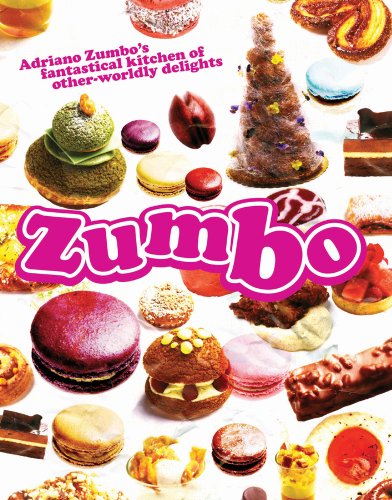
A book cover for Zumbo: Adriano Zumbo's Fantastical Kitchen of Other-Worldly Delights; Adriano Zumbo; Cookbooks, Food & Wine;